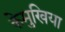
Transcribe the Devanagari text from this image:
केमुखिया